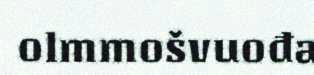
olmmošvuođa